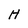
Character: H